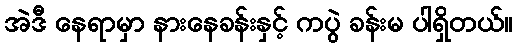
အဲဒီ နေရာမှာ နားနေခန်းနှင့် ကပွဲ ခန်းမ ပါရှိတယ်။